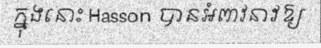
ក្នុងនោះ Hasson បានអំពាវនាវឱ្យ